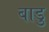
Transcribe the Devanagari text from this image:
बाडु